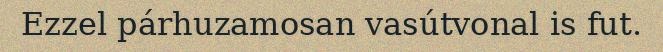
Ezzel párhuzamosan vasútvonal is fut.